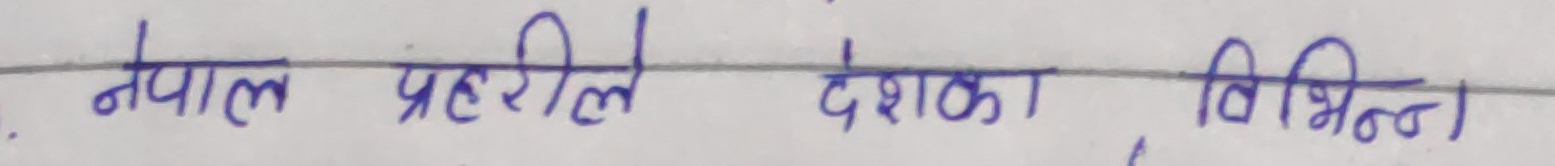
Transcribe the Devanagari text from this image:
नेपाल प्रहरीले देशका विभिन्न